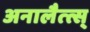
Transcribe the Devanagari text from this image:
अनालैत्त्स्